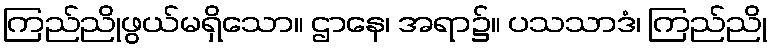
ကြည်ညိုဖွယ်မရှိသော။ ဌာနေ၊ အရာ၌။ ပသသာဒံ၊ ကြည်ညို